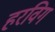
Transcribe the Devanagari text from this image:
हरविग